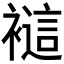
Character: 𲁁